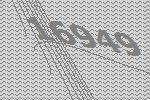
16949